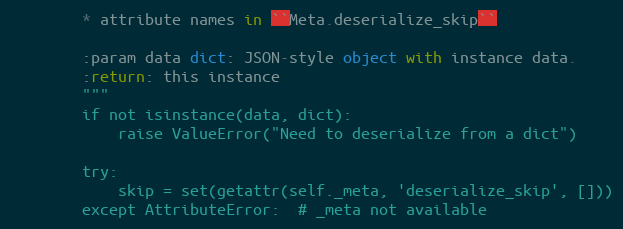
Language: Python
        * attribute names in ``Meta.deserialize_skip``

        :param data dict: JSON-style object with instance data.
        :return: this instance
        """
        if not isinstance(data, dict):
            raise ValueError("Need to deserialize from a dict")

        try:
            skip = set(getattr(self._meta, 'deserialize_skip', []))
        except AttributeError:  # _meta not available